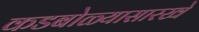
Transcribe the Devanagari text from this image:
कडबोळ्यासारखे